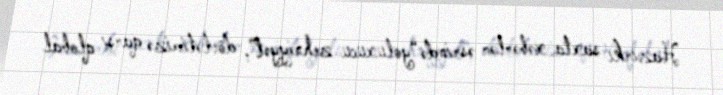
Hazırkı saxta xəbərlər əsrində “yoluxucu zehniyyət”, dövlətimizə qarşı qlobal